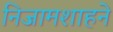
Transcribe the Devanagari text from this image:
निजामशाहने